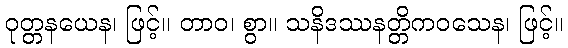
ဝုတ္တနယေန၊ ဖြင့်။ တာဝ၊ စွာ။ သနိဒဿနတ္တိကဝသေန၊ ဖြင့်။